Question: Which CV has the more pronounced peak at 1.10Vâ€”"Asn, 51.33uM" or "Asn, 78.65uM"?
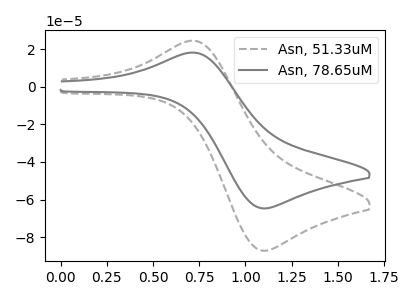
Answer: <think>The gray dashed curve "Asn, 51.33uM" has an anodic peak at (0.75V, 24.40uA) and a cathodic peak at (1.10V, -87.20uA). The gray curve "Asn, 78.65uM" has an anodic peak at (0.75V, 18.10uA) and a cathodic peak at (1.10V, -64.70uA).</think>
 <answer>The peak at 1.10V is higher in "Asn, 51.33uM" than in "Asn, 78.65uM".</answer>
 <eval>higher</eval>